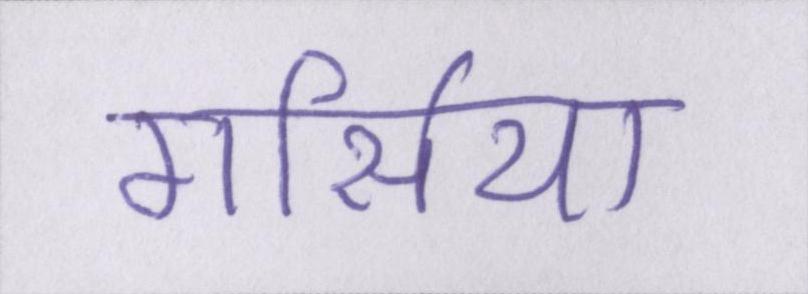
गार्सिया